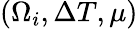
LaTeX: (\Omega_{i},\Delta T,\mu)